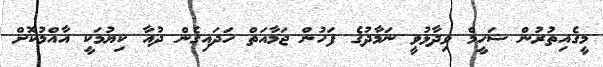
މީގެއިތުރުން ޝަހީމް ވިދާޅުވީ ނަމާދުގެ ފަހުން ޖަމާއަތް ހަދައިގެން ދުއާ ކިޔުމަކީ އާއްމުކޮށް